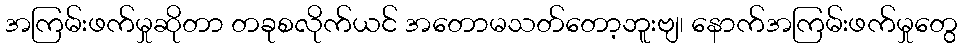
အကြမ်းဖက်မှုဆိုတာ တခုစလိုက်ယင် အတောမသတ်တော့ဘူးဗျ၊ နောက်အကြမ်းဖက်မှုတွေ